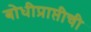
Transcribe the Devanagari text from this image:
बोधीप्राप्तीची